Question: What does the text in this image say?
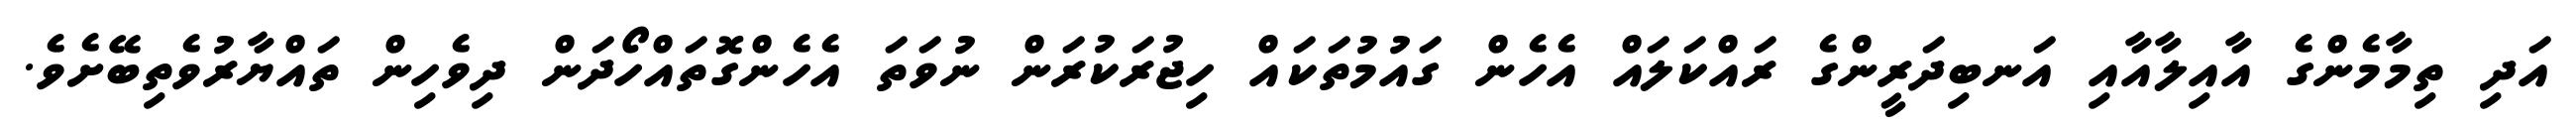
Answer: އަދި ތިމާމެންގެ އާއިލާއާއި އަނބިދަރީންގެ ރައްކަލައް އެހެން ގައުމުތަކައް ހިޖުރަކުރަން ނުވަތަ އެހެންގޮތައްހޯދަން ދިވެހިން ތައްޔާރުވެތިބޭށެވެ.